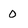
Character: 0